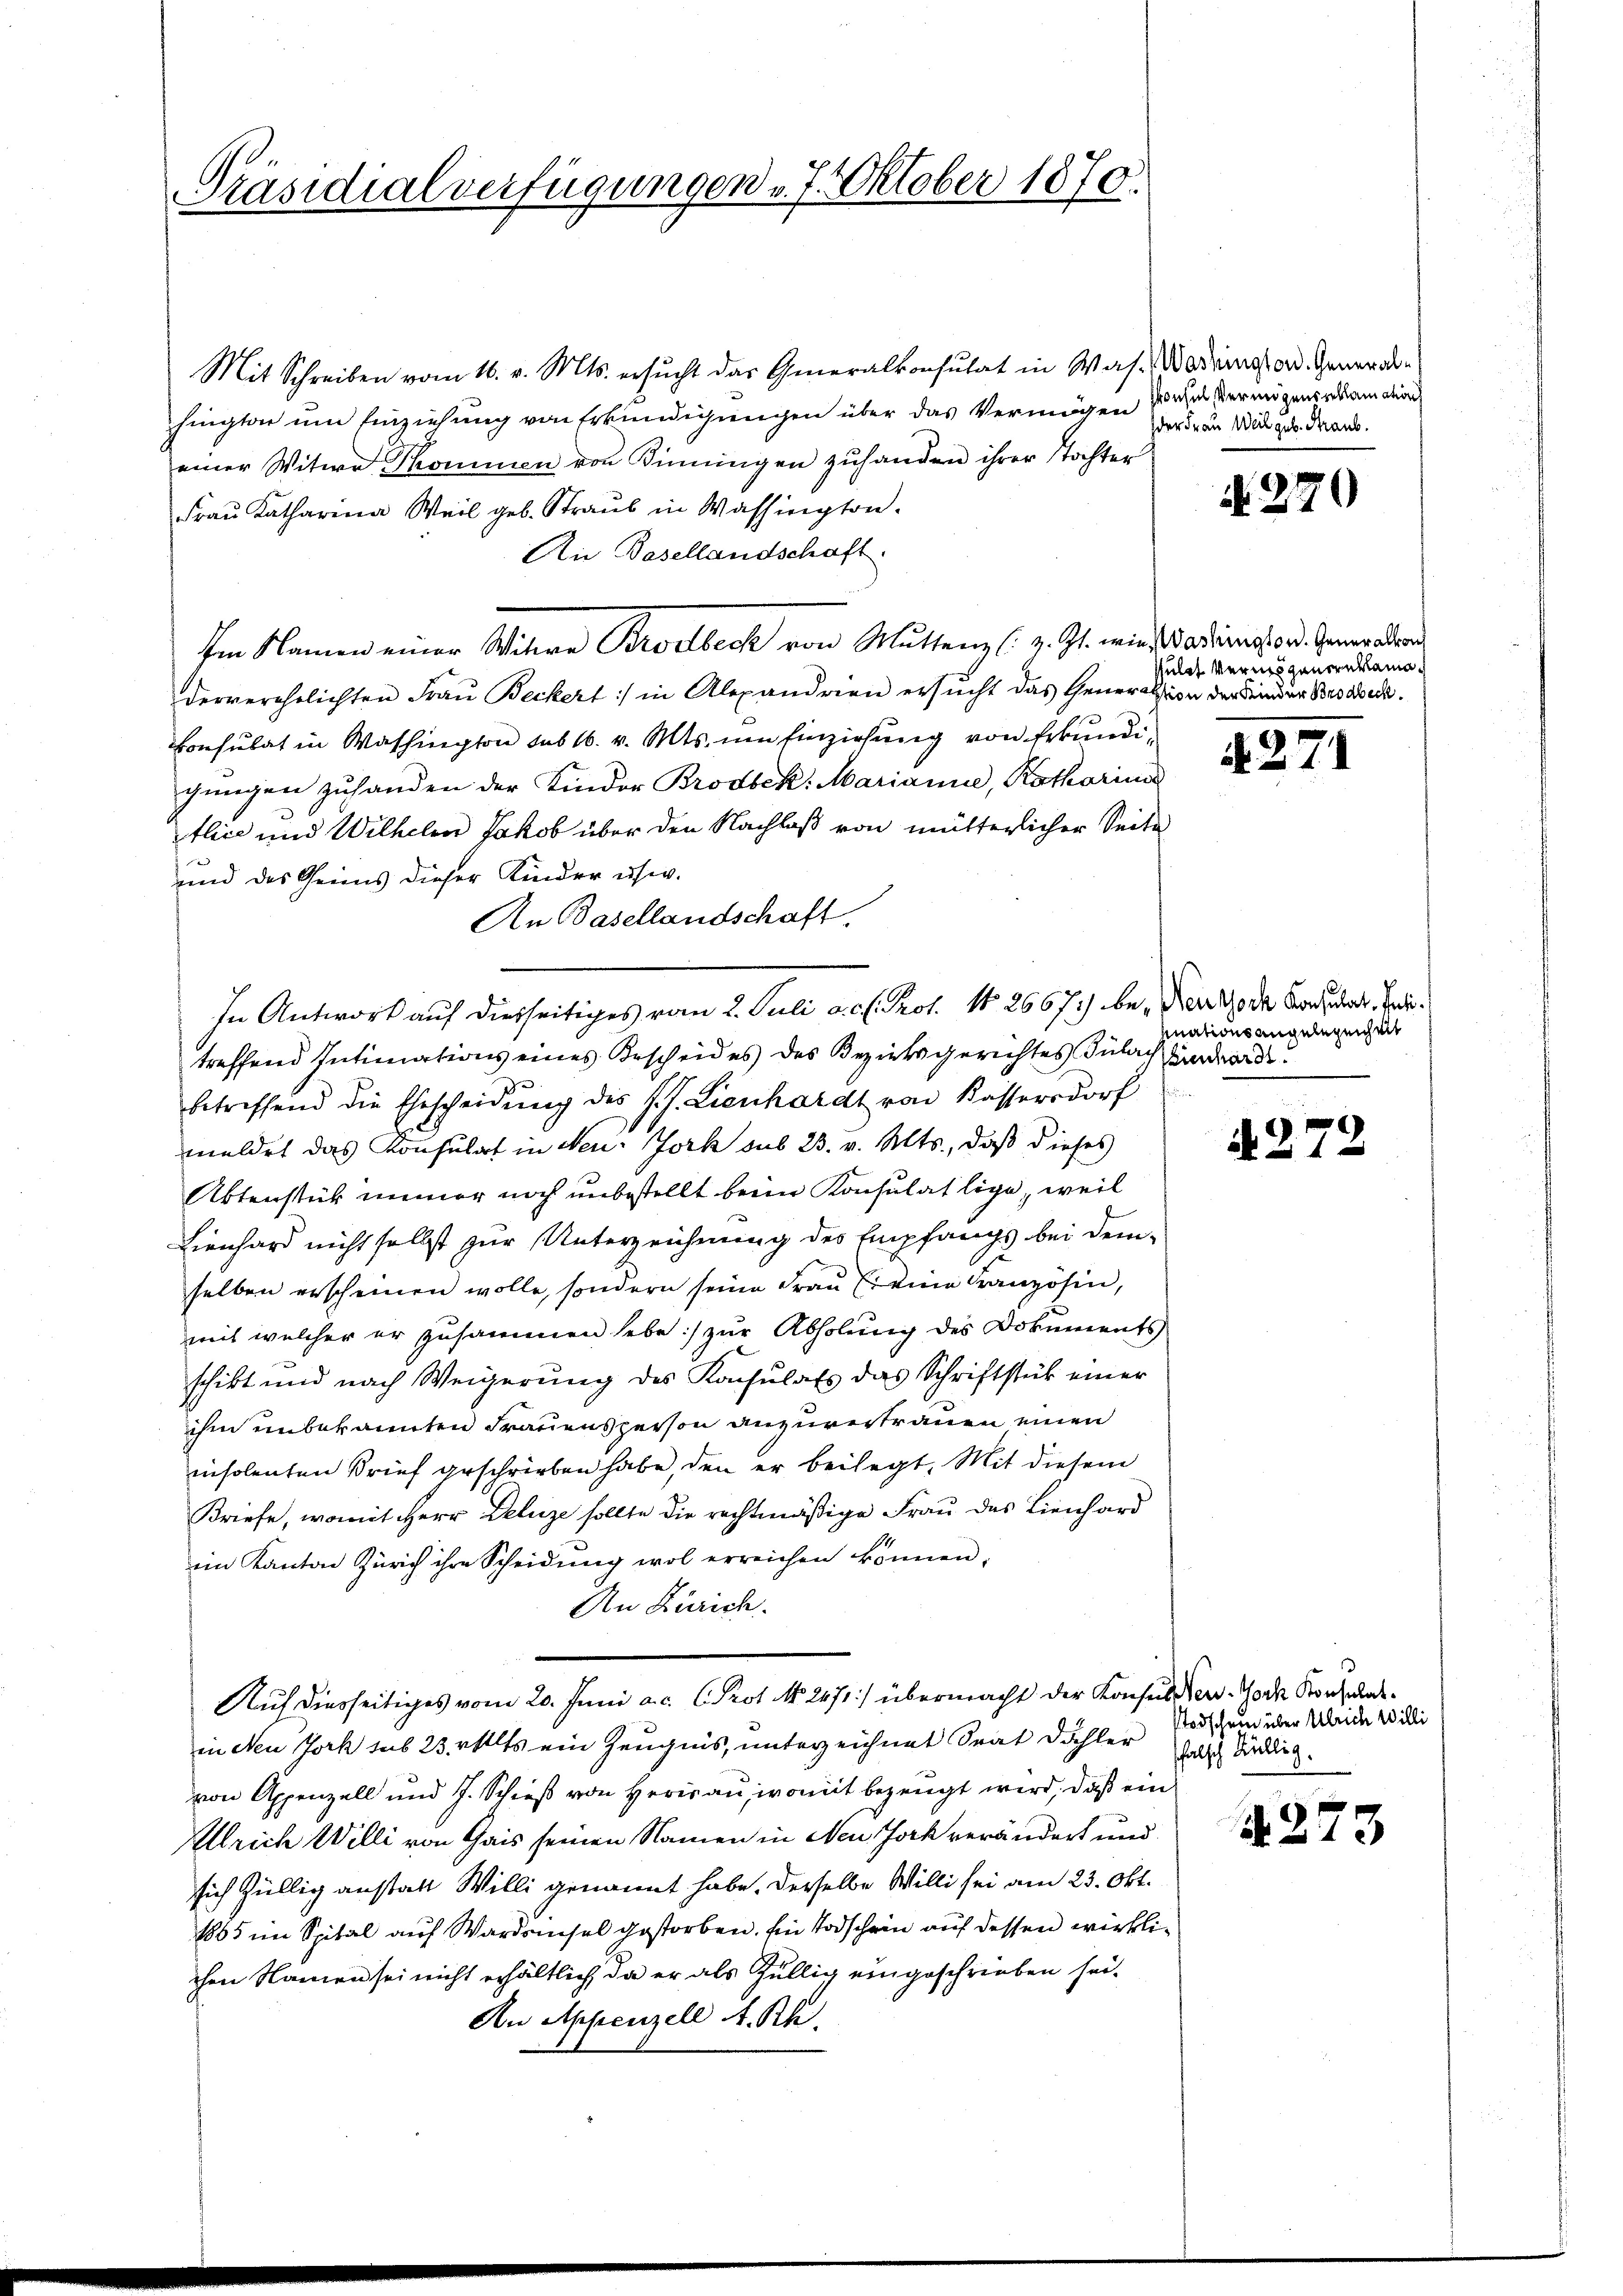
Präsidialverfügungen 7. Oktober 1870.

Mit Schreiben vom 16. v. Mts. ersucht das Generalkonsulat in Was- Wodringt an. Generalhingter um Einziehung von Erkundigungen über das Vermögen sehen Vermögensalamation
einer Witwe Thommen von Dinningen zuhanden ihrer Tochter
Frau Katharina Weil geb. Straub in Wassington.
An Basellandschaft.
Im Namen einer Witwe Brodbeck von Muttenz (z. Zt. wird Sardienstsord. Generaller
derverehelichten Frau Beckert :/ in Alexandrien ersucht das Generalsion der Kinder Brodbeck.
Consulat in Washington sub 16. v. Mts. um Einziehung von Erkundigungen zuhanden der Kinder Brodbek: Marianne, Rotharina
tlice und Wilhelm Jakob über den Nachlaß von mütterlicher Seite
und das Heims dieser Kinder usw.
An Basellandschaft.
treffend Intimations eines Bescheid es des Bezirksgerichtes Bülach Lindeorde
betreffend die Ehescheidŭng des J. J. Lienhardt von Kassersdorf
meldet das Konsulat in Neu- Joch sub 23. v. Mts., daß dieses
Aktenstück immer noch unbestellt beim Konsulat lige, weil
Lienhard nicht selbst zur Unterzeichnung des Empfangs bei demselben erscheinen wolle, sondern seine Frau Er eine Kranzösin,
mit welcher er zusammen hebe zur Abholung des Dokuments
schikt und nach Weigerung des Konsulats das Schriftstück einer
ihm unbekannten Frauensperson anzuvertrauen einen
insolenten Brief geschrieben habe, den er beilegt, Mit diesem
Briefe, womit Herr Deluze sollte die rechtmäßige Frau das Lienhard
im Kanton Zürich ihre Scheidung wol erreichen können;
An Zürich.
Auf diesseitiges vom 20. Juni a. c. Prot. N. 2471) übermacht der Konsul der Tode Konsulain Neu Jork sub 23. Als ein Zeugnis, unterzeichnet Srat Dähler Todschein über Weide 10 die
von Appenzell und J. Schieß von Herisau, womit bezeugt wird, daß ein
lrich Willi von Gais seinen Namen in Neun Jock verändert und
sich hellig anstatt Willi genannt habe. Derselbe Willi sei am 23. Okt.
1865 im Spital auf Wardsisel gestorben. Ein Todschein auf dessen wirklichen Namen sei nicht erhältlich, da er als Gillig eingeschrieben hei¬
An Appenzell A.Rh.

In Antwort auf diesseitiges vom 2. Juli a. c. Prot. 11 26671) be- Der Mode Cordat, be¬

der Frau Weil geb. Graus.

N. 270

sulat Vermögenereklama¬

427.

inationsangelegenheit

A 272

falsch Köllig.

A. 273